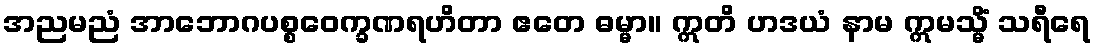
အညမညံ အာဘောဂပစ္စဝေက္ခဏရဟိတာ ဧတေ ဓမ္မာ။ ဣတိ ဟဒယံ နာမ ဣမသ္မိံ သရီရေ